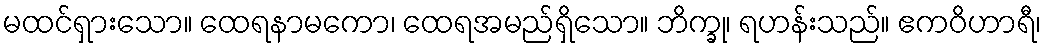
မထင်ရှားသော။ ထေရနာမကော၊ ထေရအမည်ရှိသော။ ဘိက္ခု၊ ရဟန်းသည်။ ဧကဝိဟာရီ၊